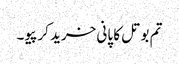
تم بوتل کا پانی خرید کر پیو۔